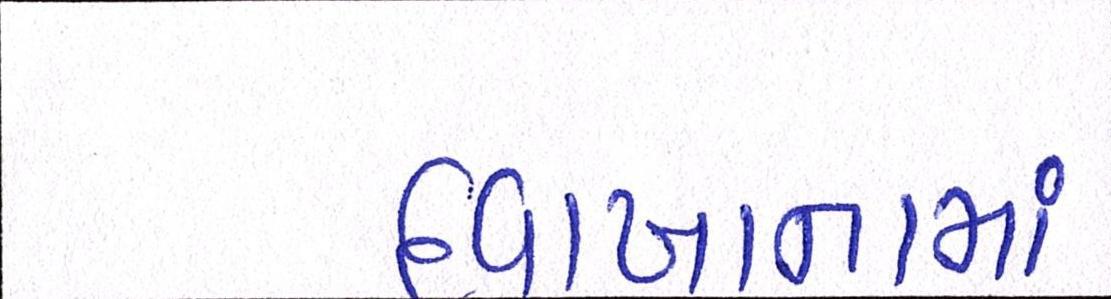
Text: દવાખાનામાં